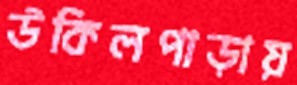
উকিলপাড়ায়